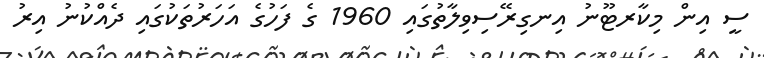
ސީ އިން މިކާރޓޫނު އިނގިރޭސިވިލާތުގައި 1960 ގެ ފަހުގެ އަހަރުތަކުގައި ދެއްކުނު އިރު